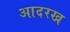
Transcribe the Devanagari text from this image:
आदरख